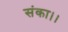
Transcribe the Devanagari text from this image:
संका।।